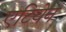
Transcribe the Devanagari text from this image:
एटियेन